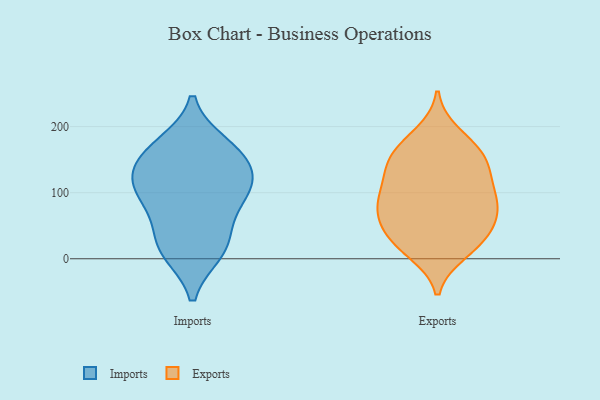
{"axis": {"x": "Revenue (USD Million)", "y": "Value"}, "legend": ["Exports", "Imports"], "data": [{"x": "", "y": 96, "type": "Imports"}, {"x": "", "y": 24, "type": "Imports"}, {"x": "", "y": 137, "type": "Imports"}, {"x": "", "y": 157, "type": "Imports"}, {"x": "", "y": 172, "type": "Imports"}, {"x": "", "y": 102, "type": "Imports"}, {"x": "", "y": 11, "type": "Imports"}, {"x": "", "y": 120, "type": "Imports"}, {"x": "", "y": 16, "type": "Imports"}, {"x": "", "y": 108, "type": "Imports"}, {"x": "", "y": 65, "type": "Imports"}, {"x": "", "y": 164, "type": "Imports"}, {"x": "", "y": 153, "type": "Exports"}, {"x": "", "y": 60, "type": "Exports"}, {"x": "", "y": 86, "type": "Exports"}, {"x": "", "y": 40, "type": "Exports"}, {"x": "", "y": 15, "type": "Exports"}, {"x": "", "y": 189, "type": "Exports"}, {"x": "", "y": 119, "type": "Exports"}, {"x": "", "y": 132, "type": "Exports"}, {"x": "", "y": 10, "type": "Exports"}, {"x": "", "y": 133, "type": "Exports"}, {"x": "", "y": 84, "type": "Exports"}, {"x": "", "y": 91, "type": "Exports"}, {"x": "", "y": 41, "type": "Exports"}, {"x": "", "y": 89, "type": "Exports"}, {"x": "", "y": 81, "type": "Exports"}, {"x": "", "y": 161, "type": "Exports"}, {"x": "", "y": 22, "type": "Exports"}, {"x": "", "y": 174, "type": "Exports"}, {"x": "", "y": 149, "type": "Exports"}, {"x": "", "y": 52, "type": "Exports"}]}